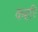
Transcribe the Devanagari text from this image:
कहरि